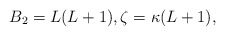
\begin{align*} B_2 = L(L+1), \zeta = \kappa(L+1),\end{align*}